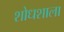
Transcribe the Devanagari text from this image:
शोधशाला